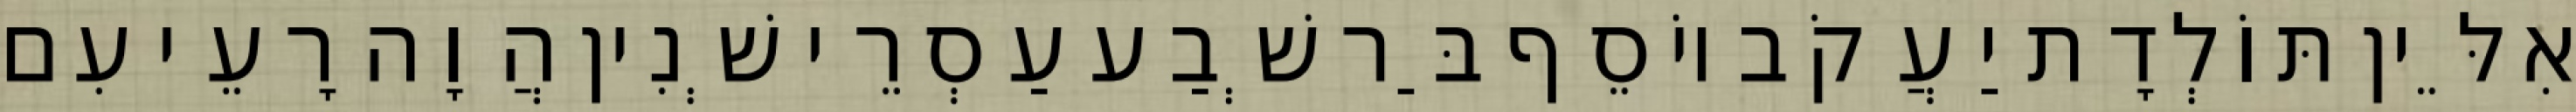
אִלֵּין תּוֹלְדָת יַעֲקֹב יוֹסֵף בַּר שְׁבַע עַסְרֵי שְׁנִין הֲוָה רָעֵי עִם